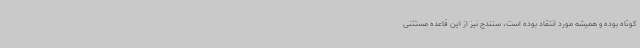
کوتاه بوده و همیشه مورد انتقاد بوده است، سنندج نیز از این قاعده مستثنی